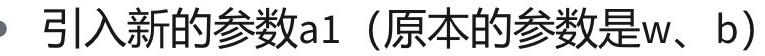
引入新的参数a1（原本的参数是w、b）